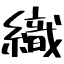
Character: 織